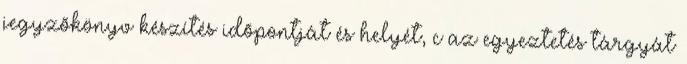
jegyzõkönyv készítés idõpontját és helyét, c az egyeztetés tárgyát